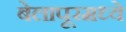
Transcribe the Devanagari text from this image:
बेलापूरमध्ये